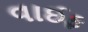
વાઈફ